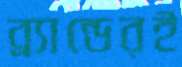
ব্র্যান্ডেরই